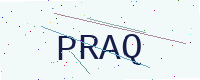
Text: PRAQ